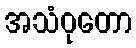
အသံဝုတော